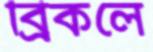
ব্রিকলে